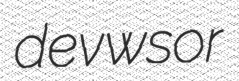
devwsor